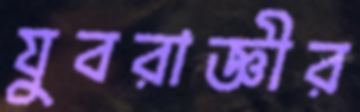
যুবরাজ্ঞীর